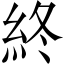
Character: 終